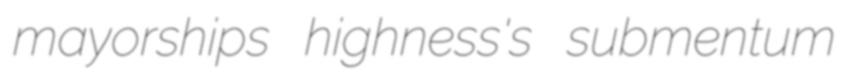
mayorships highness's submentum